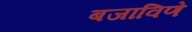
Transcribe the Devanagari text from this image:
बजाविणे